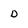
Character: D